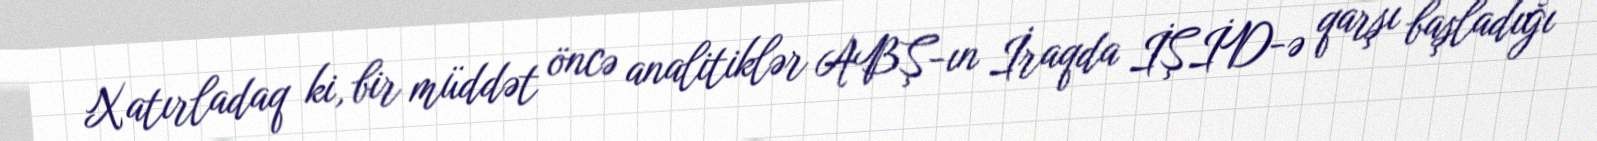
Xatırladaq ki, bir müddət öncə analitiklər ABŞ-ın İraqda İŞİD-ə qarşı başladığı